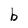
Character: b